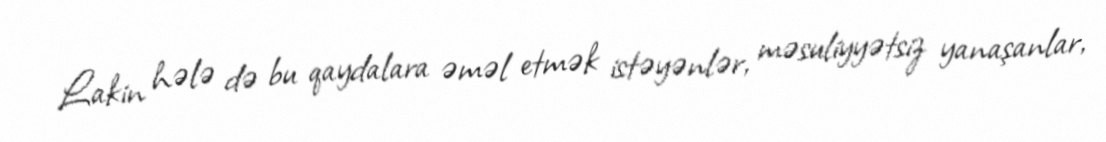
Lakin hələ də bu qaydalara əməl etmək istəyənlər, məsuliyyətsiz yanaşanlar,